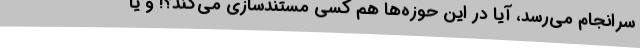
سرانجام می‌رسد، آیا در این حوزه‌ها هم کسی مستندسازی می‌کند؟! و یا